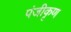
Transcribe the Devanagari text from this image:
पंजीकृण